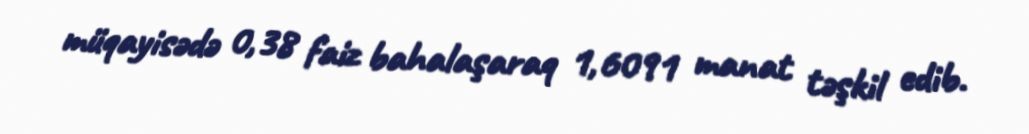
müqayisədə 0,38 faiz bahalaşaraq 1,6091 manat təşkil edib.